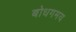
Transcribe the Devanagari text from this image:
बोधगमय